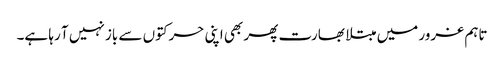
تاہم غرور میں مبتلا بھارت پھر بھی اپنی حرکتوں سے باز نہیں آ رہا ہے۔